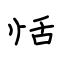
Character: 恬